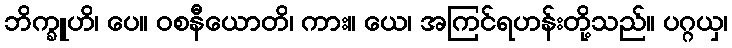
ဘိက္ခူဟိ၊ ပေ။ ဝစနီယောတိ၊ ကား။ ယေ၊ အကြင်ရဟန်းတို့သည်။ ပဂ္ဂယှ၊